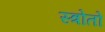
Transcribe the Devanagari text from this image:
स्त्रोतो